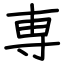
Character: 専